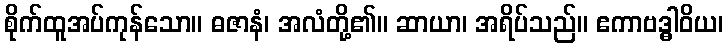
စိုက်ထူအပ်ကုန်သော။ ဓဇာနံ၊ အလံတို့၏။ ဆာယာ၊ အရိပ်သည်။ ဧကာဗဒ္ဓါဝိယ၊